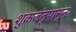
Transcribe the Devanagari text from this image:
शुक्रजंतूपासून